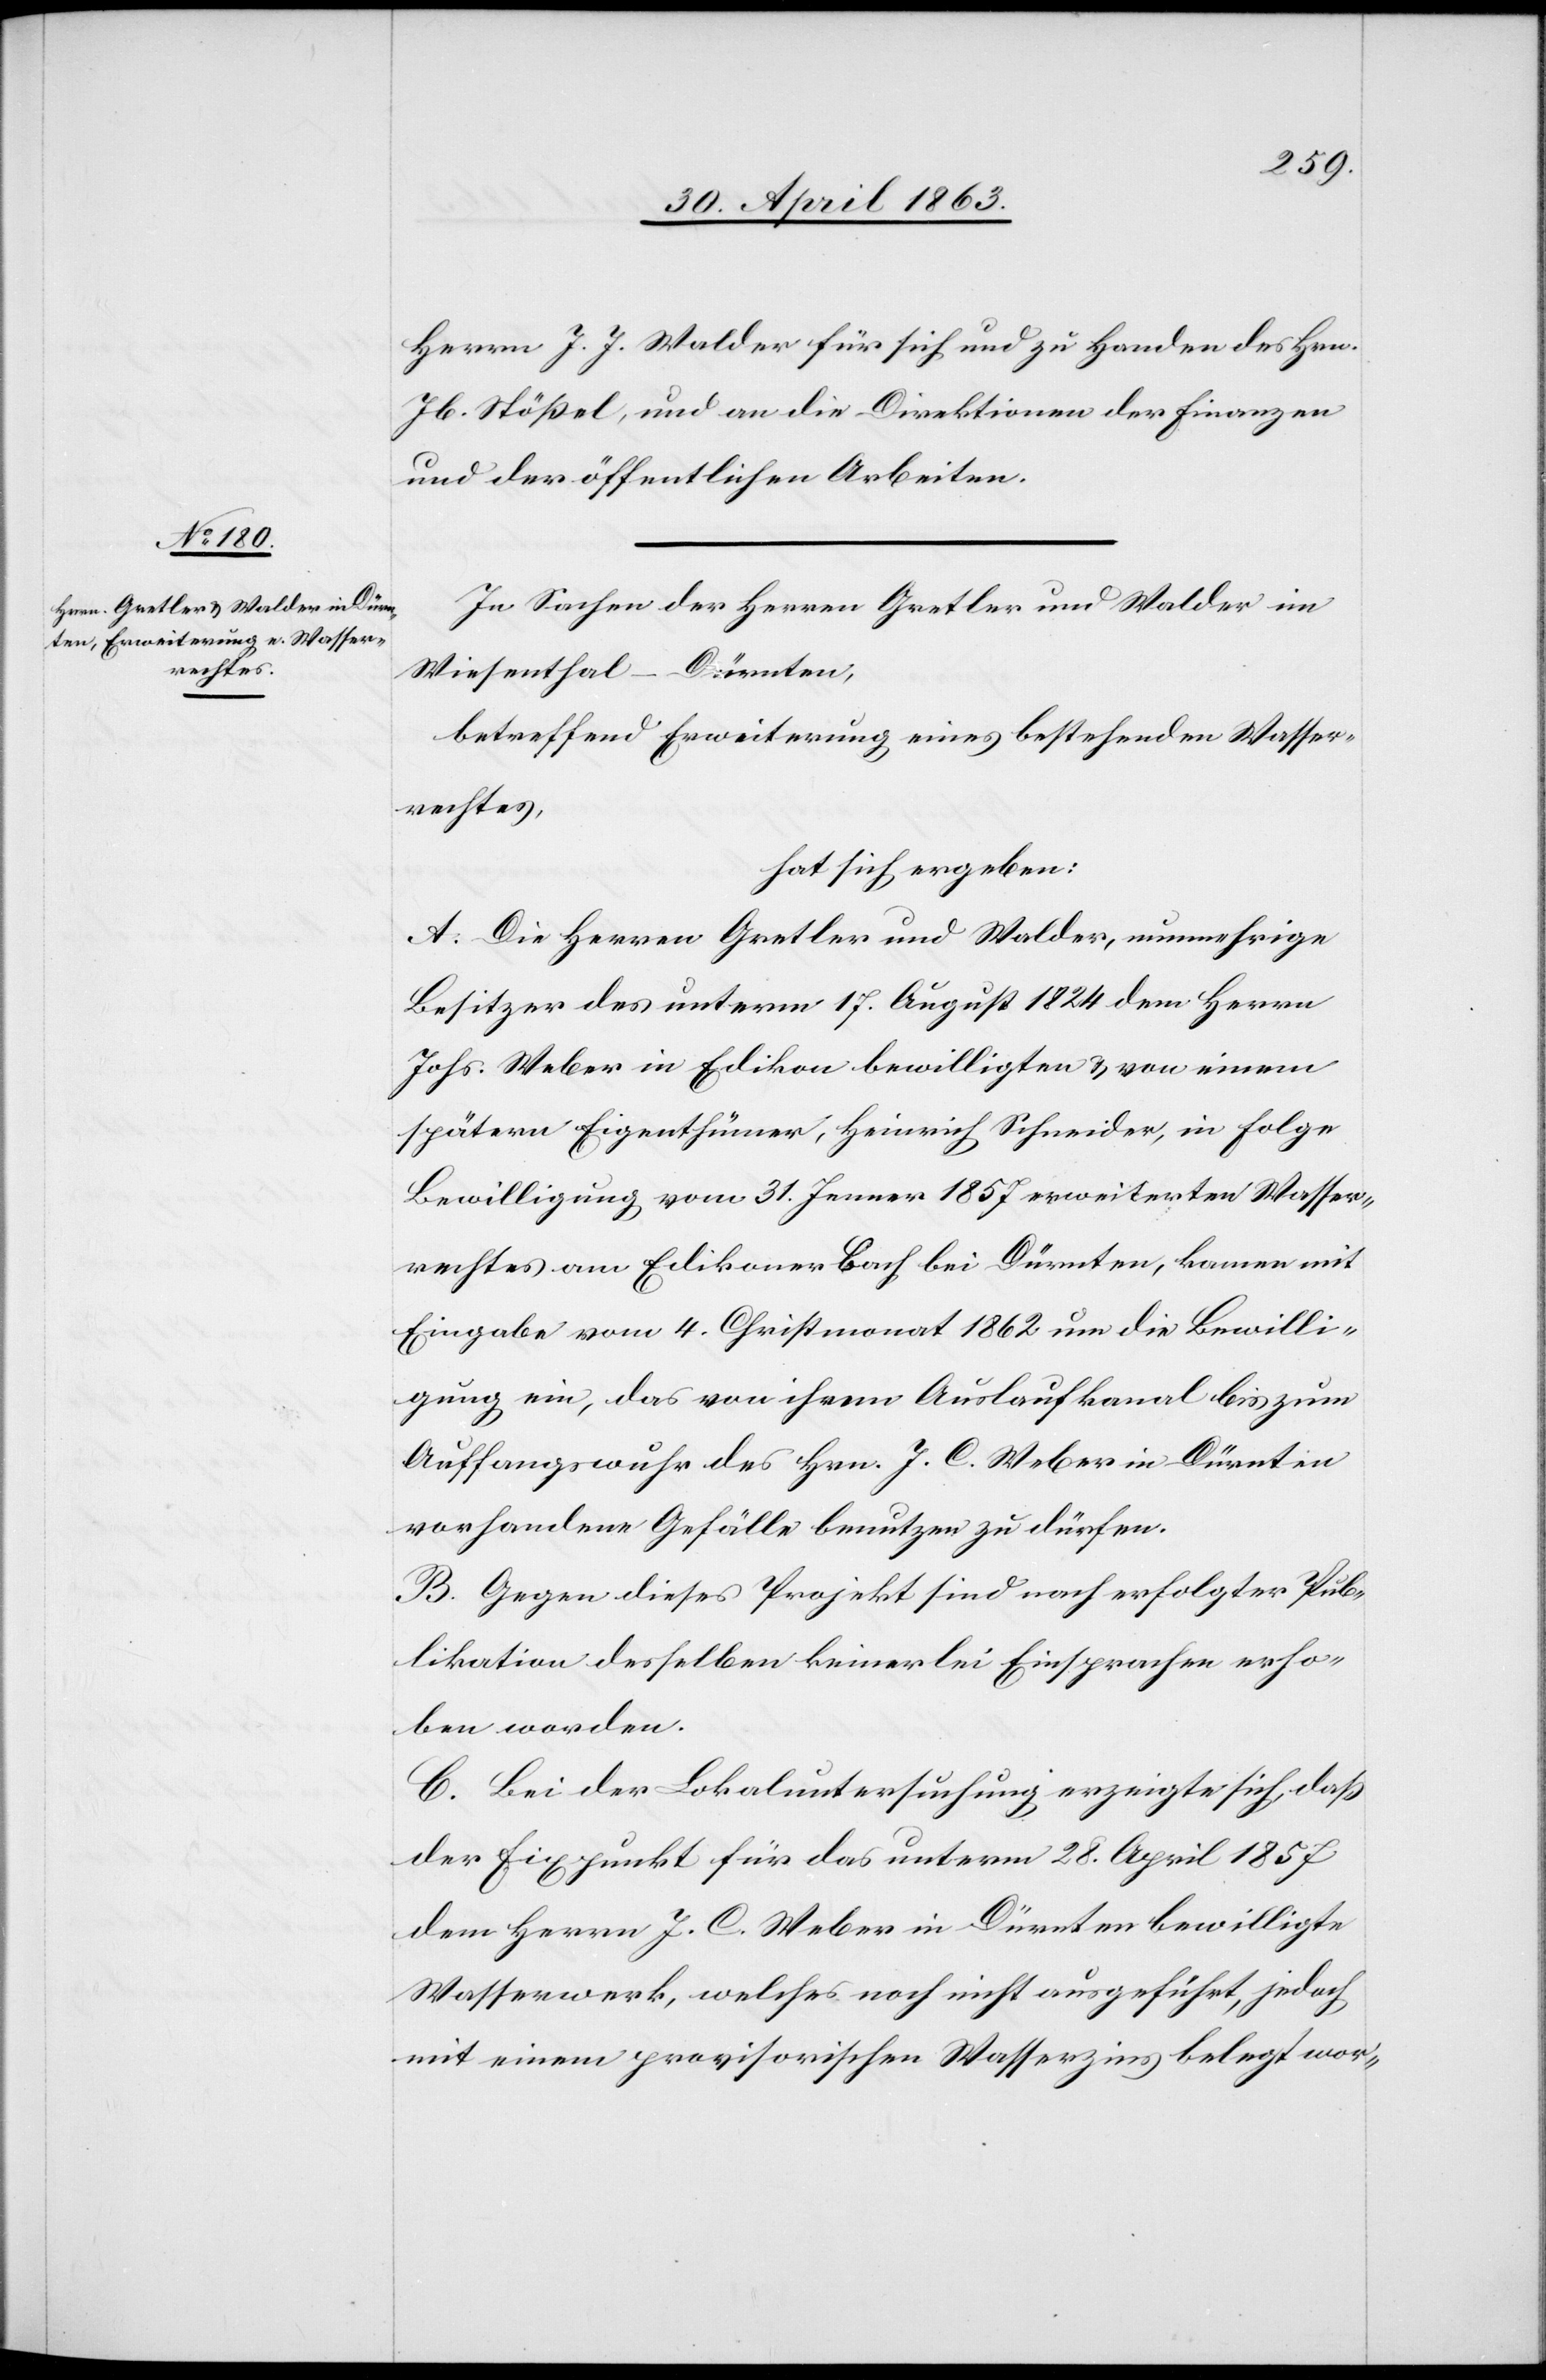
Herrn J. J. Walder für sich und zu Handen des Hrn.
Jb. Stößel, und an die Direktionen der Finanzen
und der öffentlichen Arbeiten.
In Sachen der Herren Gretler und Walder im
Wiesenthal – Dürnten,
betreffend Erweiterung eines bestehenden Wasser¬
rechtes,
hat sich ergeben:
A. Die Herren Gretler und Walder, nunmehrige
Besitzer des unterm 17. August 1824 dem Herrn
Johs. Weber in Edikon bewilligten & von einem
spätern Eigenthümer, Heinrich Schneider, in Folge
Bewilligung vom 31. Jenner 1857 erweiterten Wasser¬
rechtes am Edikonerbach bei Dürnten, kamen mit
Eingabe vom 4. Christmonat 1862 um die Bewilli¬
gung ein, das von ihrem Auslaufkanal bis zum
Auffangswuhr des Hrn. J. C. Weber in Dürnten
vorhandene Gefälle benutzen zu dürfen.
B. Gegen dieses Projekt sind nach erfolgter Pub¬
likation desselben keinerlei Einsprachen erho¬
ben worden.
C. Bei der Lokaluntersuchung erzeigte sich, daß
der Fixpunkt für das unterm 28. April 1857
dem Herrn J. C. Weber in Dürnten bewilligte
Wasserwerk, welches noch nicht ausgeführt, jedoch
mit einem provisorischen Wasserzins belegt wor-